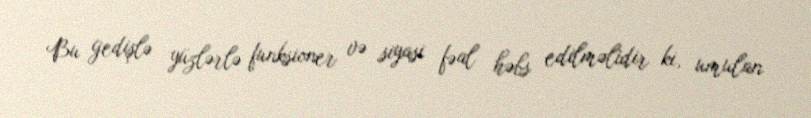
Bu gedişlə yüzlərlə funksioner və siyasi fəal həbs edilməlidir ki, umulan